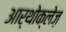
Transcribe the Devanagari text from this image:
आर्थोक्लेज़